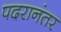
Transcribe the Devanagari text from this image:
पदरानंतर